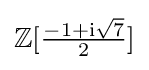
\mathbb {Z} [{\tfrac {-1+\mathrm {i} {\sqrt {7}}}{2}}]